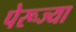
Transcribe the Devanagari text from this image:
पेरूज्या